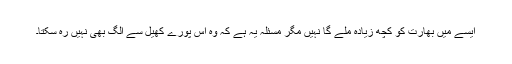
ایسے میں بھارت کو کچھ زیادہ ملے گا نہیں مگر مسئلہ یہ ہے کہ وہ اس پورے کھیل سے الگ بھی نہیں رہ سکتا۔